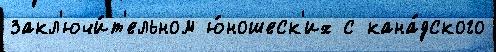
закл'ючи́т'ельном ю́ношеск'их с кана́дского